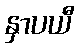
နှာပယီ